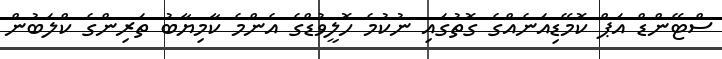
ސްޓޭންޑް އަޕް ކޮމޭޑިއަނެއްގެ ގޮތުގައި ނުކުމެ ހޮލީވުޑްގެ އެންމެ ކާމިޔާބު ތަރިންގެ ކްލަބުން